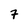
Character: 7